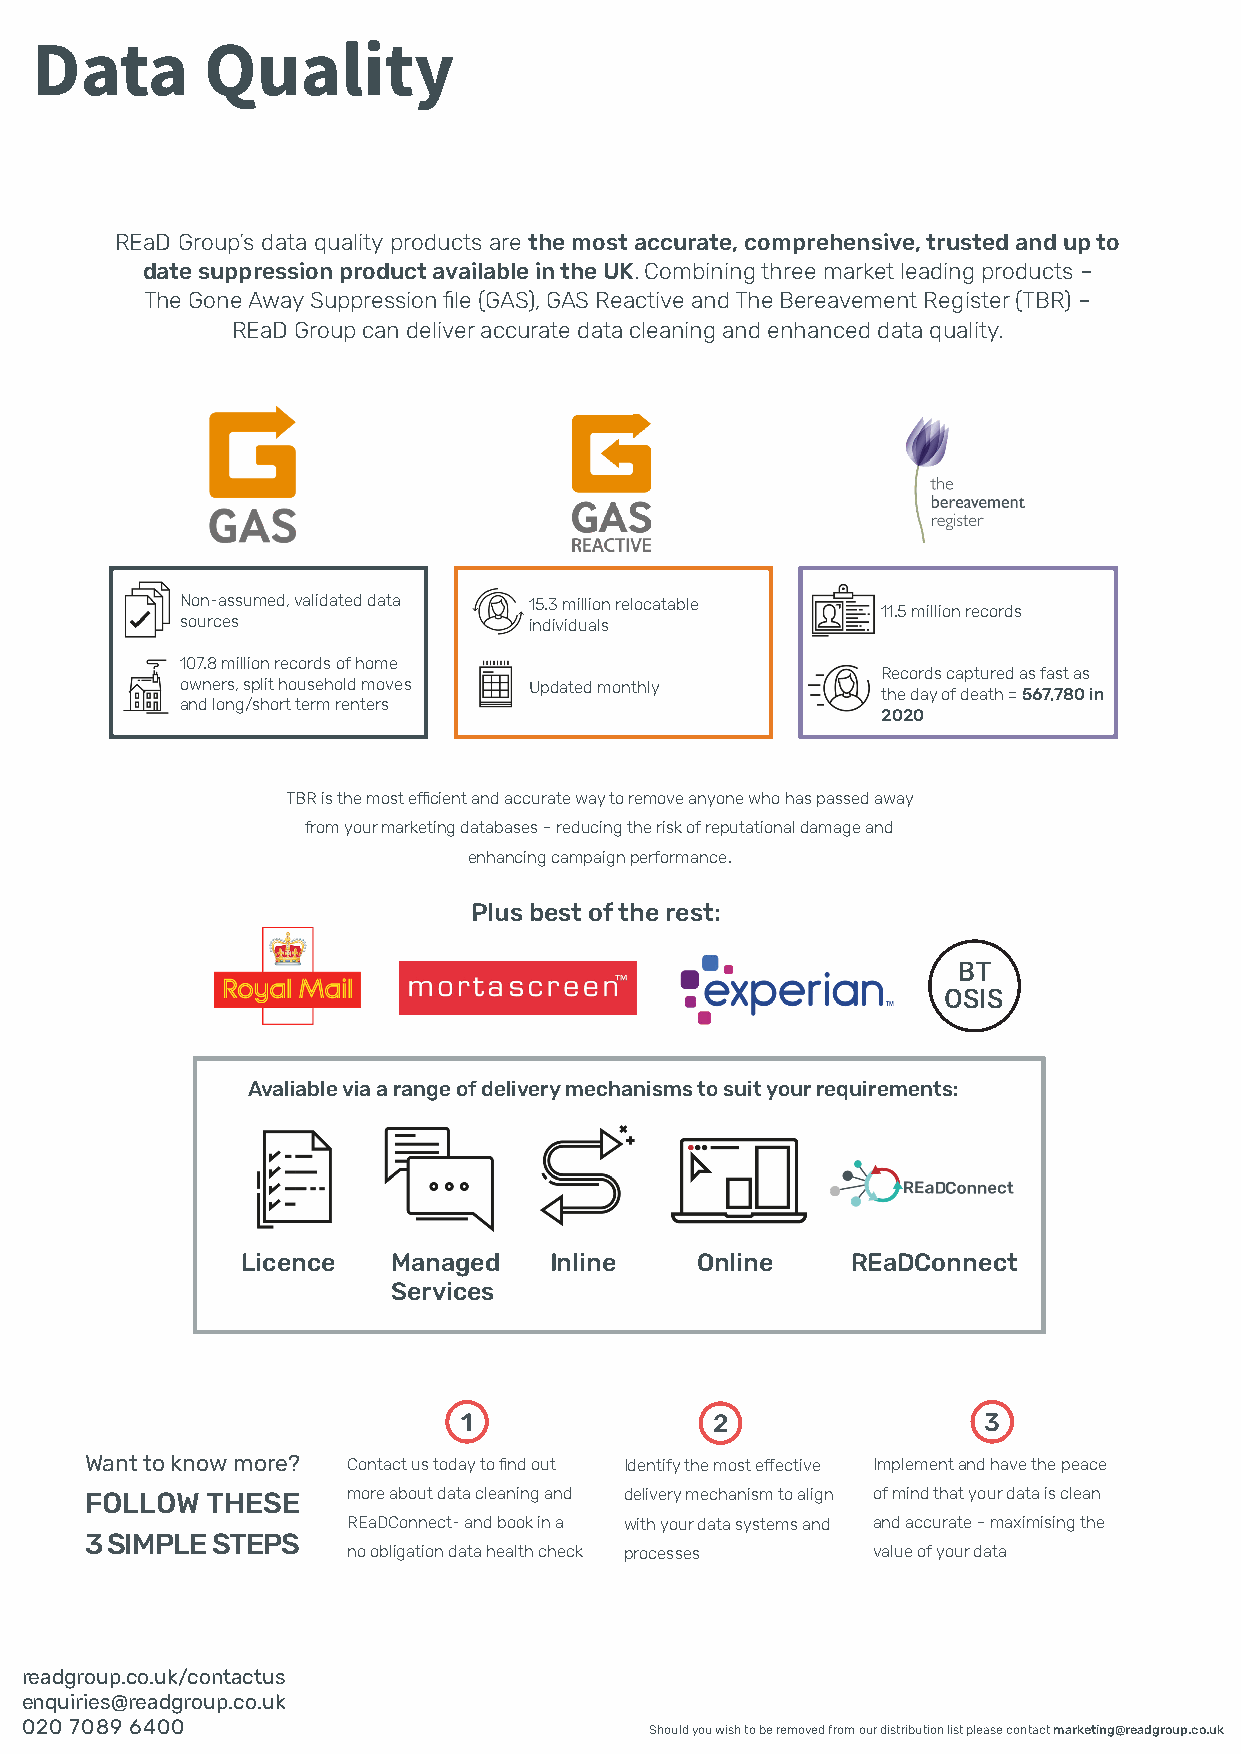
Data       Quality
 REaD Group’s data quality products are the most accurate, comprehensive, trusted and up to
 date suppression product available in the UK. Combining three market leading products –
 The Gone Away Suppression file (GAS), GAS Reactive and The Bereavement Register (TBR) –
 REaD Group can deliver accurate data cleaning and enhanced data quality.
 Non-assumed, validated data 15.3 million relocatable
 11.5 million records
 sources                individuals
 107.8 million records of home
 Records captured as fast as
 owners, split household moves Updated monthly
 the day of death = 567,780 in
 and long/short term renters
 2020
 TBR is the most efficient and accurate way to remove anyone who has passed away
 from your marketing databases – reducing the risk of reputational damage and
 enhancing campaign performance.
 Plus best of the rest:
 BT
 OSIS
 Avaliable via a range of delivery mechanisms to suit your requirements:
 Licence   Managed   Inline    Online    REaDConnect
 Services
 1                2                 3
 Want to know more? Contact us today to find out Identify the most effective Implement and have the peace
 FOLLOW  THESE    more about data cleaning and delivery mechanism to align of mind that your data is clean
 REaDConnect- and book in a with your data systems and and accurate – maximising the
 3 SIMPLE STEPS
 no obligation data health check processes value of your data
 readgroup.co.uk/contactus
 enquiries@readgroup.co.uk
 020 7089 6400
 Should you wish to be removed from our distribution list please contact marketing@readgroup.co.uk